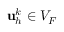
\mathbf { u } _ { h } ^ { k } \in V _ { F }